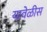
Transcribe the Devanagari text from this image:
यावेळीस